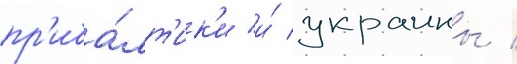
пр'иба́лт'ик'и и́ украины /